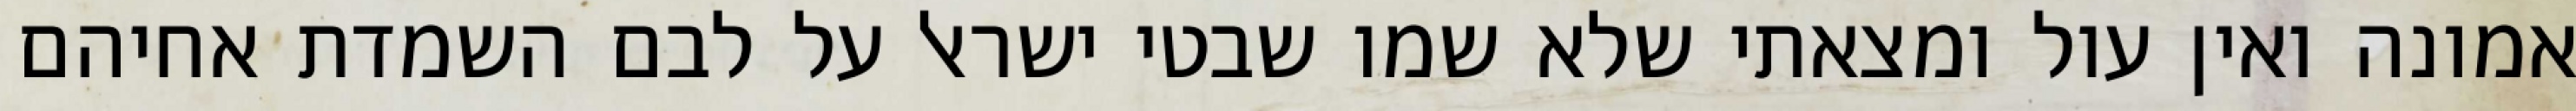
אמונה ואין עול ומצאתי שלא שמו שבטי ישראל על לבם השמדת אחיהם